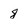
Character: 8